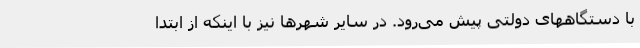
با دستگاههای دولتی پیش می‌رود. در سایر شهرها نیز با اینکه از ابتدا